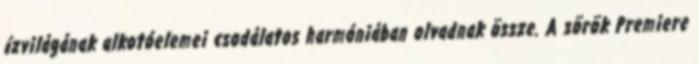
ízvilágának alkotóelemei csodálatos harmóniában olvadnak össze. A sörök Premiere